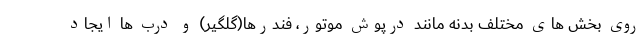
روی بخش های مختلف بدنه مانند درپوش موتور، فندرها(گلگیر) و درب ها ایجاد